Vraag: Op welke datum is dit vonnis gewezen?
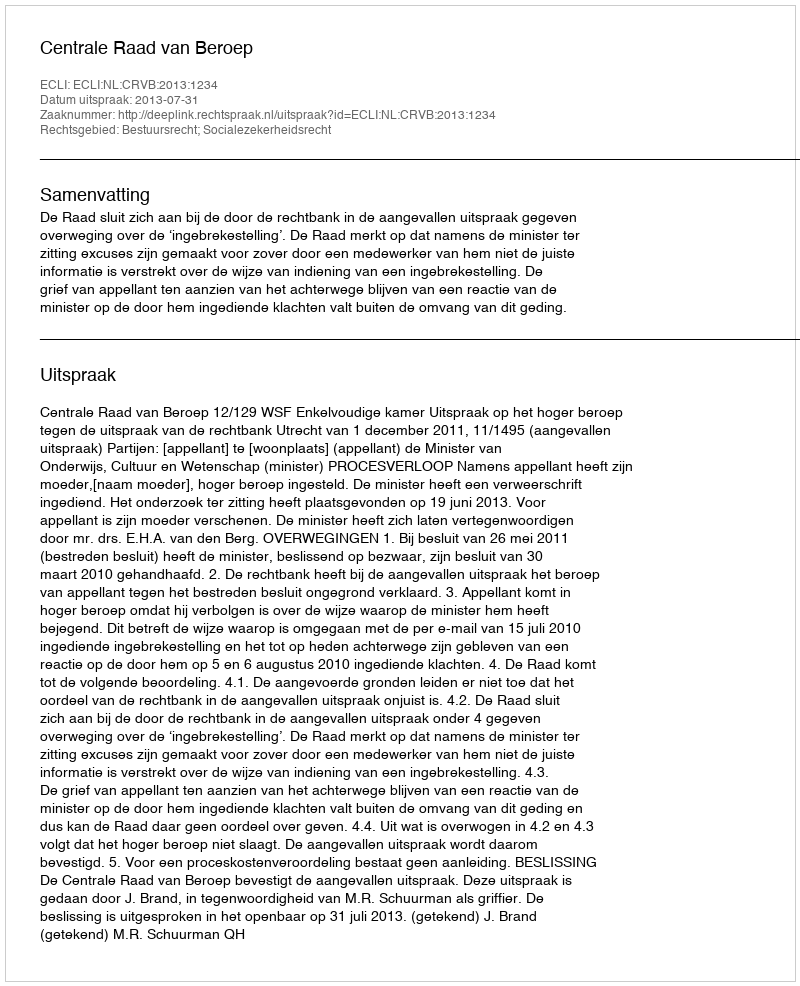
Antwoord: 2013-07-31